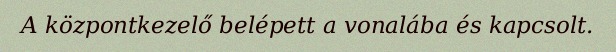
A központkezelő belépett a vonalába és kapcsolt.